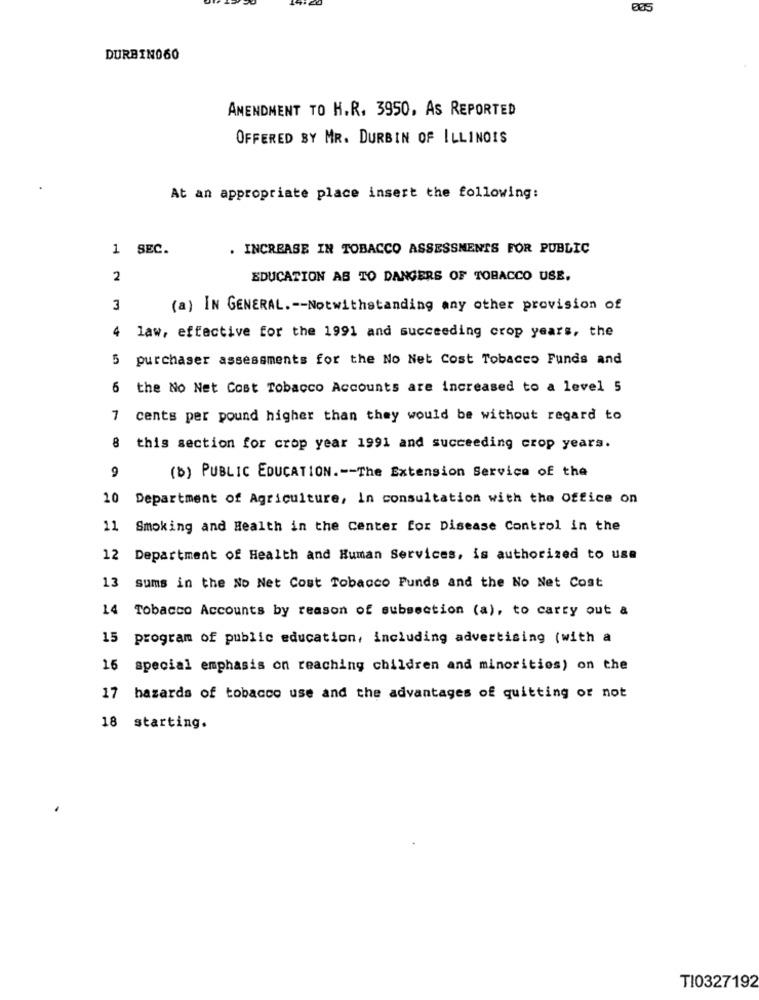
DURBIN060
AMENDMENT TO H.R. 3950. As REPORTED
OFFERED BY MR. DURBIN OF ILLINOIS
At an appropriate place insert the following:
1 SEC.
. INCREASE IN TOBACCO ASSESSMENTS FOR PUBLIC
2
EDUCATION AS TO DANGERS OF TOBACCO USE,
3
(a) IN GENERAL .-- Notwithstanding any other provision of
4
law, effective for the 1991 and succeeding crop years, the
5
purchaser assessments for the No Net Cost Tobacco Funds and
6 the No Net Cost Tobacco Accounts are increased to a level 5
7
cents per pound higher than they would be without regard to
8 this section for crop year 1991 and succeeding crop years.
9
(b) PUBLIC EDUCATION .-- The Extension Service of the
10 Department of Agriculture, In consultation with the Office on
11 Smoking and Health in the Center for Disease Control in the
12 Department of Health and Human Services, is authorized to use
13
sums in the No Net Cost Tobacco Funds and the No Net Cost
14
Tobacco Accounts by reason of subsection (a), to carry out a
15 program of public education, including advertising (with a
16 special emphasis on reaching children and minorities) on the
17 hazards of tobacco use and the advantages of quitting or not
18 starting.
TI0327192